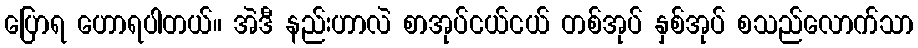
ပြောရ ဟောရပါတယ်။ အဲဒီ နည်းဟာလဲ စာအုပ်ငယ်ငယ် တစ်အုပ် နှစ်အုပ် စသည်လောက်သာ